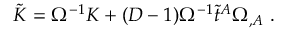
\tilde { K } = \Omega ^ { - 1 } K + ( D - 1 ) \Omega ^ { - 1 } \tilde { t } ^ { A } \Omega _ { , A } \ .